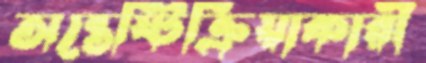
অন্তেষ্টিক্রিয়াকারী